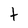
Character: t